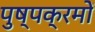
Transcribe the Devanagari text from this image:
पुष्पक्रमों